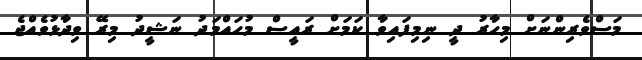
މަސްވެރިންނަށް މިހާރު ދީ ނިމިފައިވާ ކަމަށް ރައީސް މުހައްމަދު ނަޝީދު މިރޭ ވިދާޅުވެއްޖެ